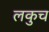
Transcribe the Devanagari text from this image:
लकुच